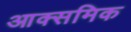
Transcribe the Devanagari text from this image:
आक्समिक